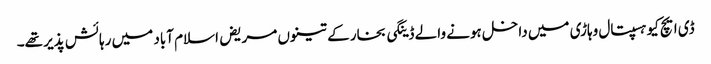
ڈی ایچ کیو ہسپتال وہاڑی میں داخل ہونے والے ڈینگی بخار کے تینوں مریض اسلام آباد میں رہائش پذیر تھے۔